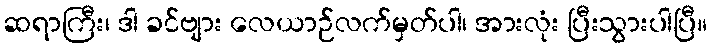
ဆရာကြီး၊ ဒါ ခင်ဗျား လေယာဉ်လက်မှတ်ပါ၊ အားလုံး ပြီးသွားပါပြီ။